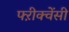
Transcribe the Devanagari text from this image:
फ्ऱीक्वेंसी